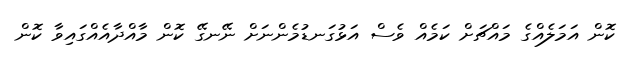
ކޮން އަމަލެއްގެ މައްޗަށް ކަމެއް ވެސް އަޅުގަނޑުމެންނަށް ނޭނގޭ ކޮން މާއްދާއެއްގައިވާ ކޮން